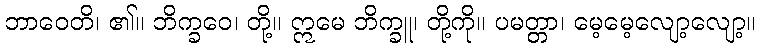
ဘာဝေတိ၊ ၏။ ဘိက္ခဝေ၊ တို့။ ဣမေ ဘိက္ခူ၊ တို့ကို။ ပမတ္တာ၊ မေ့မေ့လျော့လျော့။